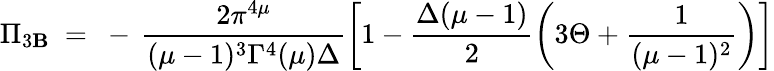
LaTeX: \Pi_{3\mathbf{B}}~=~-\, \frac{{2\pi^{4\mu}}}{{(\mu-1)^{3}\Gamma^{4}(\mu)\Delta}}\left[1-\frac{{\Delta(\mu-1)}}{{2}}\left(3\Theta+\frac{{1}}{{(\mu-1)^{2}}}\right)\right]